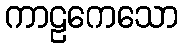
ကာဠကေသော